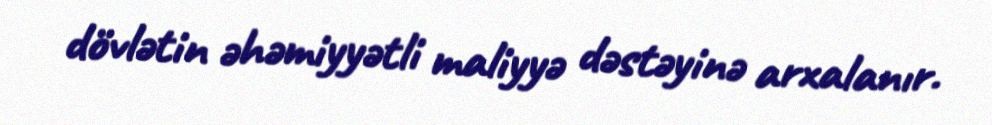
dövlətin əhəmiyyətli maliyyə dəstəyinə arxalanır.